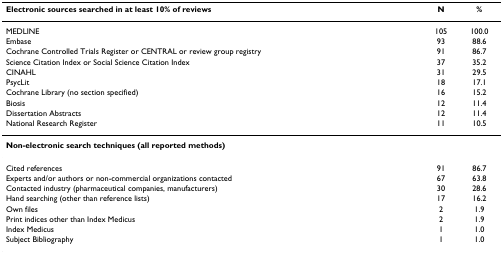
| Electronic sources searched in at least 10% of reviews | N | % |
 | --- | --- | --- |
 | MEDLINE | 105 | 100.0 |
 | Embase | 93 | 88.6 |
 | Cochrane Controlled Trials Register or CENTRAL or review group registry | 91 | 86.7 |
 | Science Citation Index or Social Science Citation Index | 37 | 35.2 |
 | CINAHL | 31 | 29.5 |
 | PsycLit | 18 | 17.1 |
 | Cochrane Library (no section specified) | 16 | 15.2 |
 | Biosis | 12 | 11.4 |
 | Dissertation Abstracts | 12 | 11.4 |
 | National Research Register | 11 | 10.5 |
 | Non-electronic search techniques (all reported methods) |  |  |
 | Cited references | 91 | 86.7 |
 | Experts and/or authors or non-commercial organizations contacted | 67 | 63.8 |
 | Contacted industry (pharmaceutical companies, manufacturers) | 30 | 28.6 |
 | Hand searching (other than reference lists) | 17 | 16.2 |
 | Own files | 2 | 1.9 |
 | Print indices other than Index Medicus | 2 | 1.9 |
 | Index Medicus | 1 | 1.0 |
 | Subject Bibliography | 1 | 1.0 |